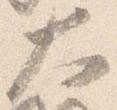
大